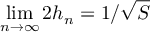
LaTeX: \operatorname* { l i m } _ { n \to \infty } 2 h _ { n } = 1 / { \sqrt { S } }